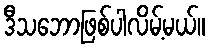
ဒီသဘောဖြစ်ပါလိမ့်မယ်။